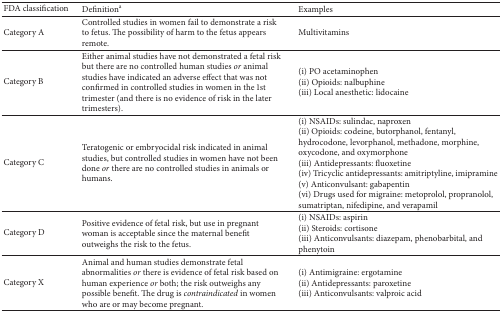
| FDA classification | Definitiona | Examples |
 | --- | --- | --- |
 | Category A | Controlled studies in women fail to demonstrate a risk to fetus. The possibility of harm to the fetus appears remote. | Multivitamins |
 | Category B | Either animal studies have not demonstrated a fetal risk but there are no controlled human studies or animal studies have indicated an adverse effect that was not confirmed in controlled studies in women in the 1st trimester (and there is no evidence of risk in the later trimesters). | (i) PO acetaminophen(ii) Opioids: nalbuphine(iii) Local anesthetic: lidocaine |
 | Category C | Teratogenic or embryocidal risk indicated in animal studies, but controlled studies in women have not been done or there are no controlled studies in animals or humans. | (i) NSAIDs: sulindac, naproxen(ii) Opioids: codeine, butorphanol, fentanyl, hydrocodone, levorphanol, methadone, morphine, oxycodone, and oxymorphone(iii) Antidepressants: fluoxetine(iv) Tricyclic antidepressants: amitriptyline, imipramine(v) Anticonvulsant: gabapentin(vi) Drugs used for migraine: metoprolol, propranolol, sumatriptan, nifedipine, and verapamil |
 | Category D | Positive evidence of fetal risk, but use in pregnant woman is acceptable since the maternal benefit outweighs the risk to the fetus. | (i) NSAIDs: aspirin(ii) Steroids: cortisone(iii) Anticonvulsants: diazepam, phenobarbital, and phenytoin |
 | Category X | Animal and human studies demonstrate fetal abnormalities or there is evidence of fetal risk based on human experience or both; the risk outweighs any possible benefit. The drug is contraindicated in women who are or may become pregnant. | (i) Antimigraine: ergotamine(ii) Antidepressants: paroxetine (iii) Anticonvulsants: valproic acid |